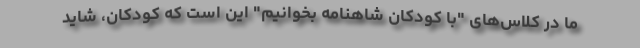
ما در کلاس‌های "با کودکان شاهنامه بخوانیم" این است که کودکان، شاید